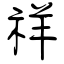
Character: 祥